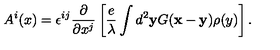
A ^ { i } ( x ) = \epsilon ^ { i j } \frac { \partial } { \partial x ^ { j } } \left[ \frac { e } { \lambda } \int d ^ { 2 } { \bf y } G ( { \bf x } - { \bf y } ) \rho ( y ) \right] .